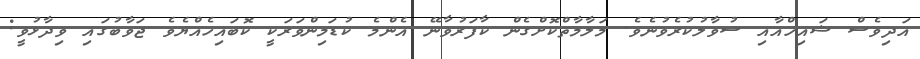
އަދިވެސް ޝައިޚްއާއި ސުވާލުކުރެވުނެވެ. މަލާމާތްކޮށްގެން ކާފަރުވާނޭ އެންމެ ކުޑަމިންވަރަކީ ކޮބައިހެއްޔެވެ ޖަވާބުގައި ވިދާޅުވީ: